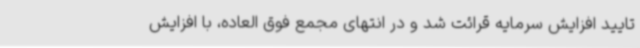
تایید افزایش سرمایه قرائت شد و در انتهای مجمع فوق العاده، با افزایش